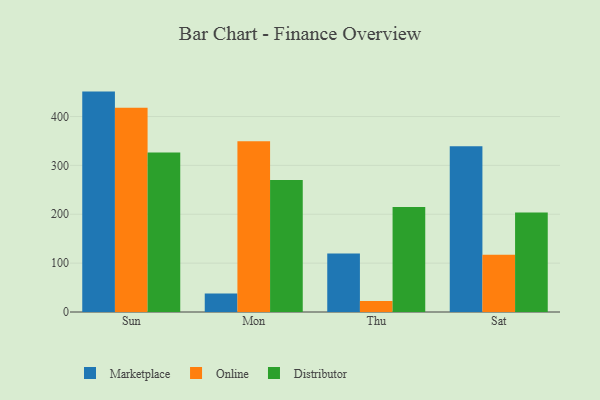
{"axis": {"x": "Day", "y": "Net Income (USD K)"}, "legend": ["Distributor", "Marketplace", "Online"], "data": [{"x": "Sun", "y": 451.0, "type": "Marketplace"}, {"x": "Sun", "y": 417.9, "type": "Online"}, {"x": "Sun", "y": 326.2, "type": "Distributor"}, {"x": "Mon", "y": 37.9, "type": "Marketplace"}, {"x": "Mon", "y": 349.2, "type": "Online"}, {"x": "Mon", "y": 270.1, "type": "Distributor"}, {"x": "Thu", "y": 119.5, "type": "Marketplace"}, {"x": "Thu", "y": 22.5, "type": "Online"}, {"x": "Thu", "y": 214.7, "type": "Distributor"}, {"x": "Sat", "y": 339.4, "type": "Marketplace"}, {"x": "Sat", "y": 117.4, "type": "Online"}, {"x": "Sat", "y": 203.8, "type": "Distributor"}]}